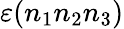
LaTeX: \varepsilon(n_{1}n_{2}n_{3})